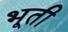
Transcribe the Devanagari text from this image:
भूती